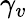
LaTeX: \gamma_{v}